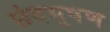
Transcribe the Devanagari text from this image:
छंदभूषण